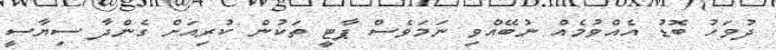
ދުވަހު ބޮޑު އެއްވުމެއް ނުބޭއްވި ނަމަވެސް ޕާޓީ ތަކުން ކުރިއަށް ގެންދާ ސިޔާސީ